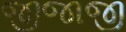
જીજાજી